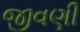
જીવણી